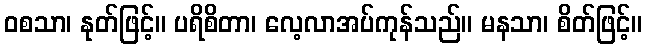
ဝစသာ၊ နုတ်ဖြင့်။ ပရိစိတာ၊ လေ့လာအပ်ကုန်သည်။ မနသာ၊ စိတ်ဖြင့်။